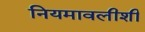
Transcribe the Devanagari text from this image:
नियमावलीशी